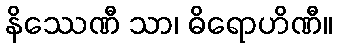
နိဿေဏီ သာ၊ ဓိရောဟိဏီ။